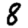
Digit: 8